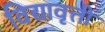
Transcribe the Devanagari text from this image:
विद्यावृत्ती